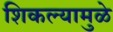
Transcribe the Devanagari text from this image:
शिकल्यामुळे